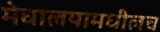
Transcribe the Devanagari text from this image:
मेघालयामधीलच